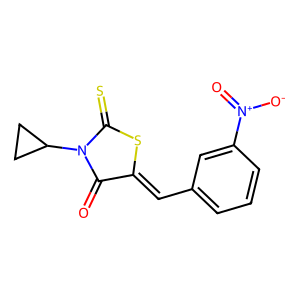
SMILES: O=C1C(=Cc2cccc([N+](=O)[O-])c2)SC(=S)N1C1CC1
Inhibits HIV replication: No